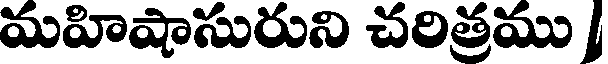
మహిషాసురుని చరిత్రము